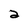
Character: a